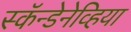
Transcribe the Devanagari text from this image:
स्कॅन्डेनेव्हिया